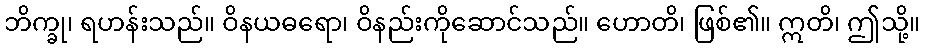
ဘိက္ခု၊ ရဟန်းသည်။ ဝိနယဓရော၊ ဝိနည်းကိုဆောင်သည်။ ဟောတိ၊ ဖြစ်၏။ ဣတိ၊ ဤသို့။